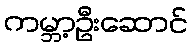
ကမ္ဘာ့ဦးဆောင်